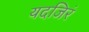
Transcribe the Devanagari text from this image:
यदजिरं